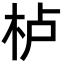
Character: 栌